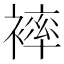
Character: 𧜠